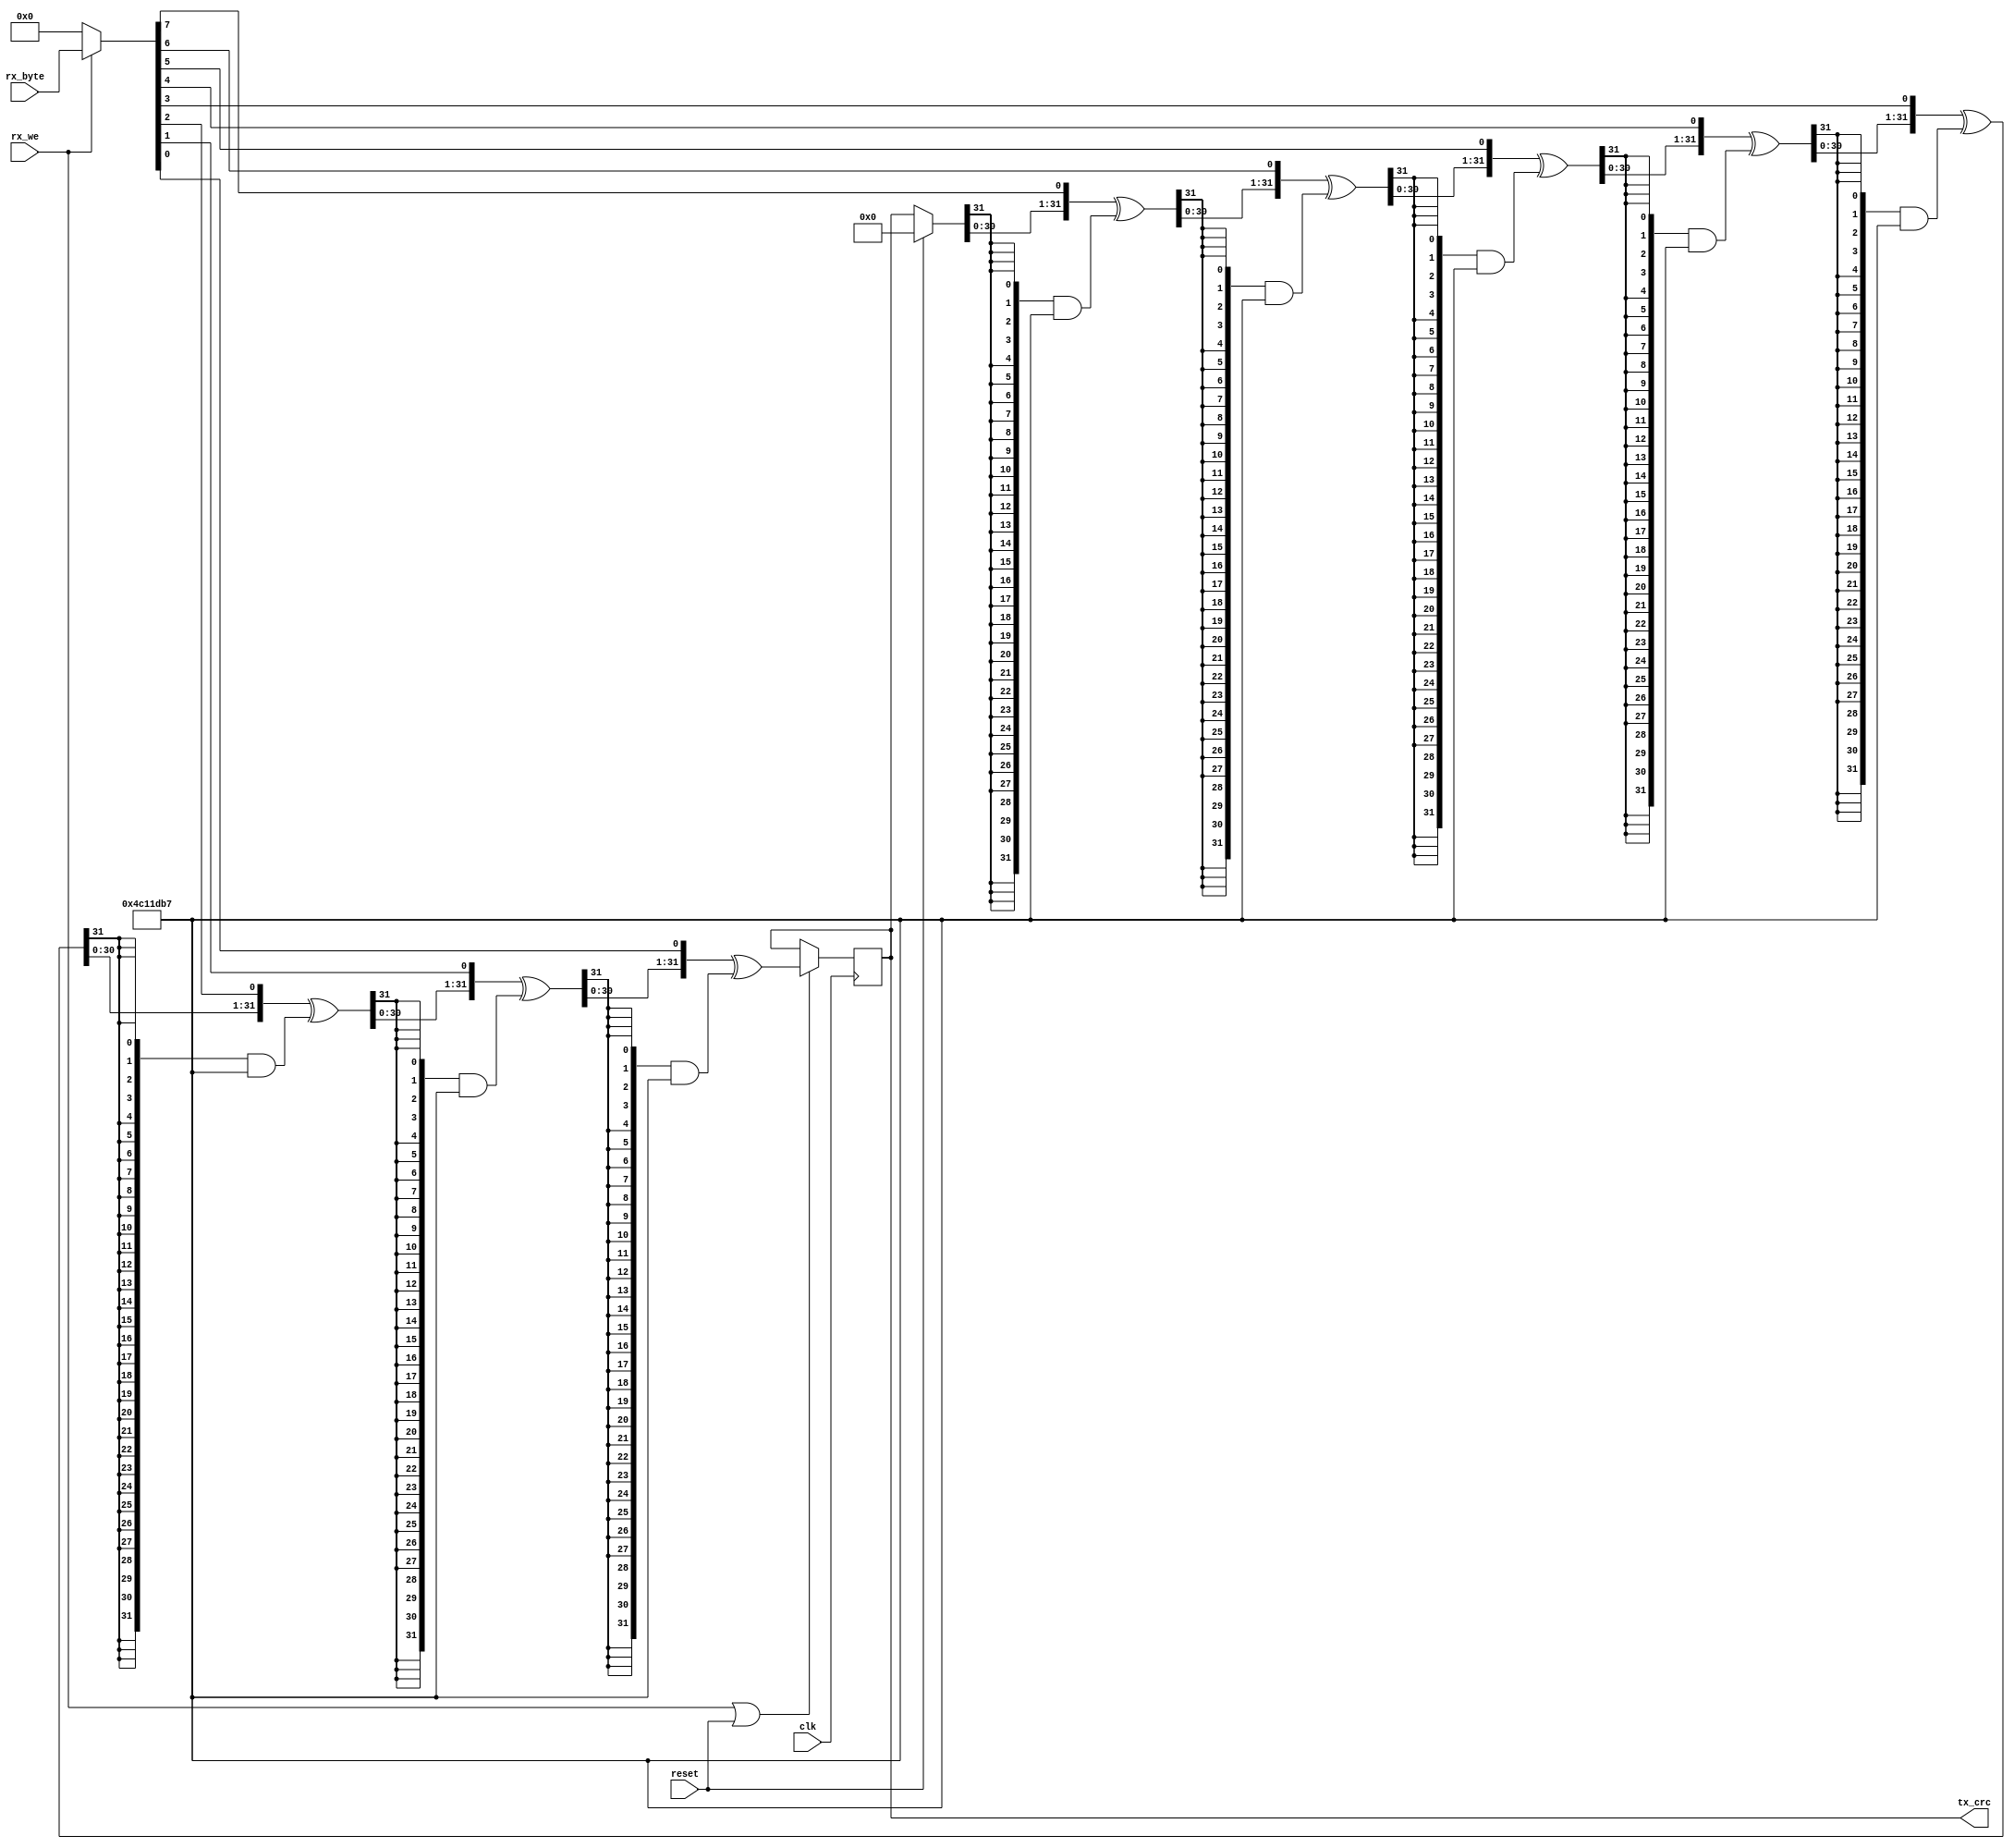
module CRC32 (
	input clk,
	input reset,
	input rx_we,
	input [7:0] rx_byte,
	output reg [31:0] tx_crc = 32'd0
);

	localparam [31:0] poly = 32'b0000_0100_1100_0001_0001_1101_1011_0111;

	wire [31:0] crc = reset ? 32'd0 : tx_crc;
	wire [7:0] byte = rx_we ? rx_byte : 8'd0;

	wire [31:0] shifted0 = {crc[30:0], byte[7]} ^ ({32{crc[31]}} & poly);
	wire [31:0] shifted1 = {shifted0[30:0], byte[6]} ^ ({32{shifted0[31]}} & poly);
	wire [31:0] shifted2 = {shifted1[30:0], byte[5]} ^ ({32{shifted1[31]}} & poly);
	wire [31:0] shifted3 = {shifted2[30:0], byte[4]} ^ ({32{shifted2[31]}} & poly);
	wire [31:0] shifted4 = {shifted3[30:0], byte[3]} ^ ({32{shifted3[31]}} & poly);
	wire [31:0] shifted5 = {shifted4[30:0], byte[2]} ^ ({32{shifted4[31]}} & poly);
	wire [31:0] shifted6 = {shifted5[30:0], byte[1]} ^ ({32{shifted5[31]}} & poly);
	wire [31:0] shifted7 = {shifted6[30:0], byte[0]} ^ ({32{shifted6[31]}} & poly);

	always @ (posedge clk)
	begin
		if (rx_we | reset)
			tx_crc <= shifted7;
	end

endmodule